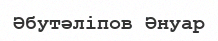
Әбутәліпов Әнуар